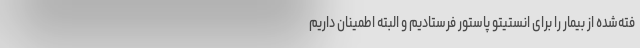
فته‌شده از بیمار را برای انستیتو پاستور فرستادیم و البته اطمینان داریم